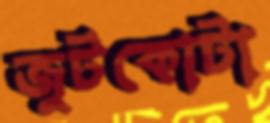
জুটকোটা